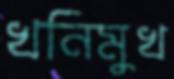
খনিমুখ